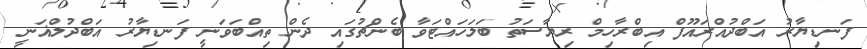
ފަނޑިޔާރު އަބްދުއްރައޫފް އިބްރާހިމް ރިޔާސަތު ބަލަހައްޓަވާ ބެންޗުގައި ދެން ތިއްބަވަނީ ފަނޑިޔާރު އަބްދުލްޣަނީ